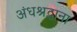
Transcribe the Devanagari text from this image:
अंधश्रद्धाना